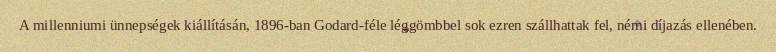
A millenniumi ünnepségek kiállításán, 1896-ban Godard-féle léggömbbel sok ezren szállhattak fel, némi díjazás ellenében.